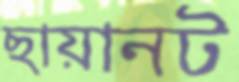
ছায়ানট